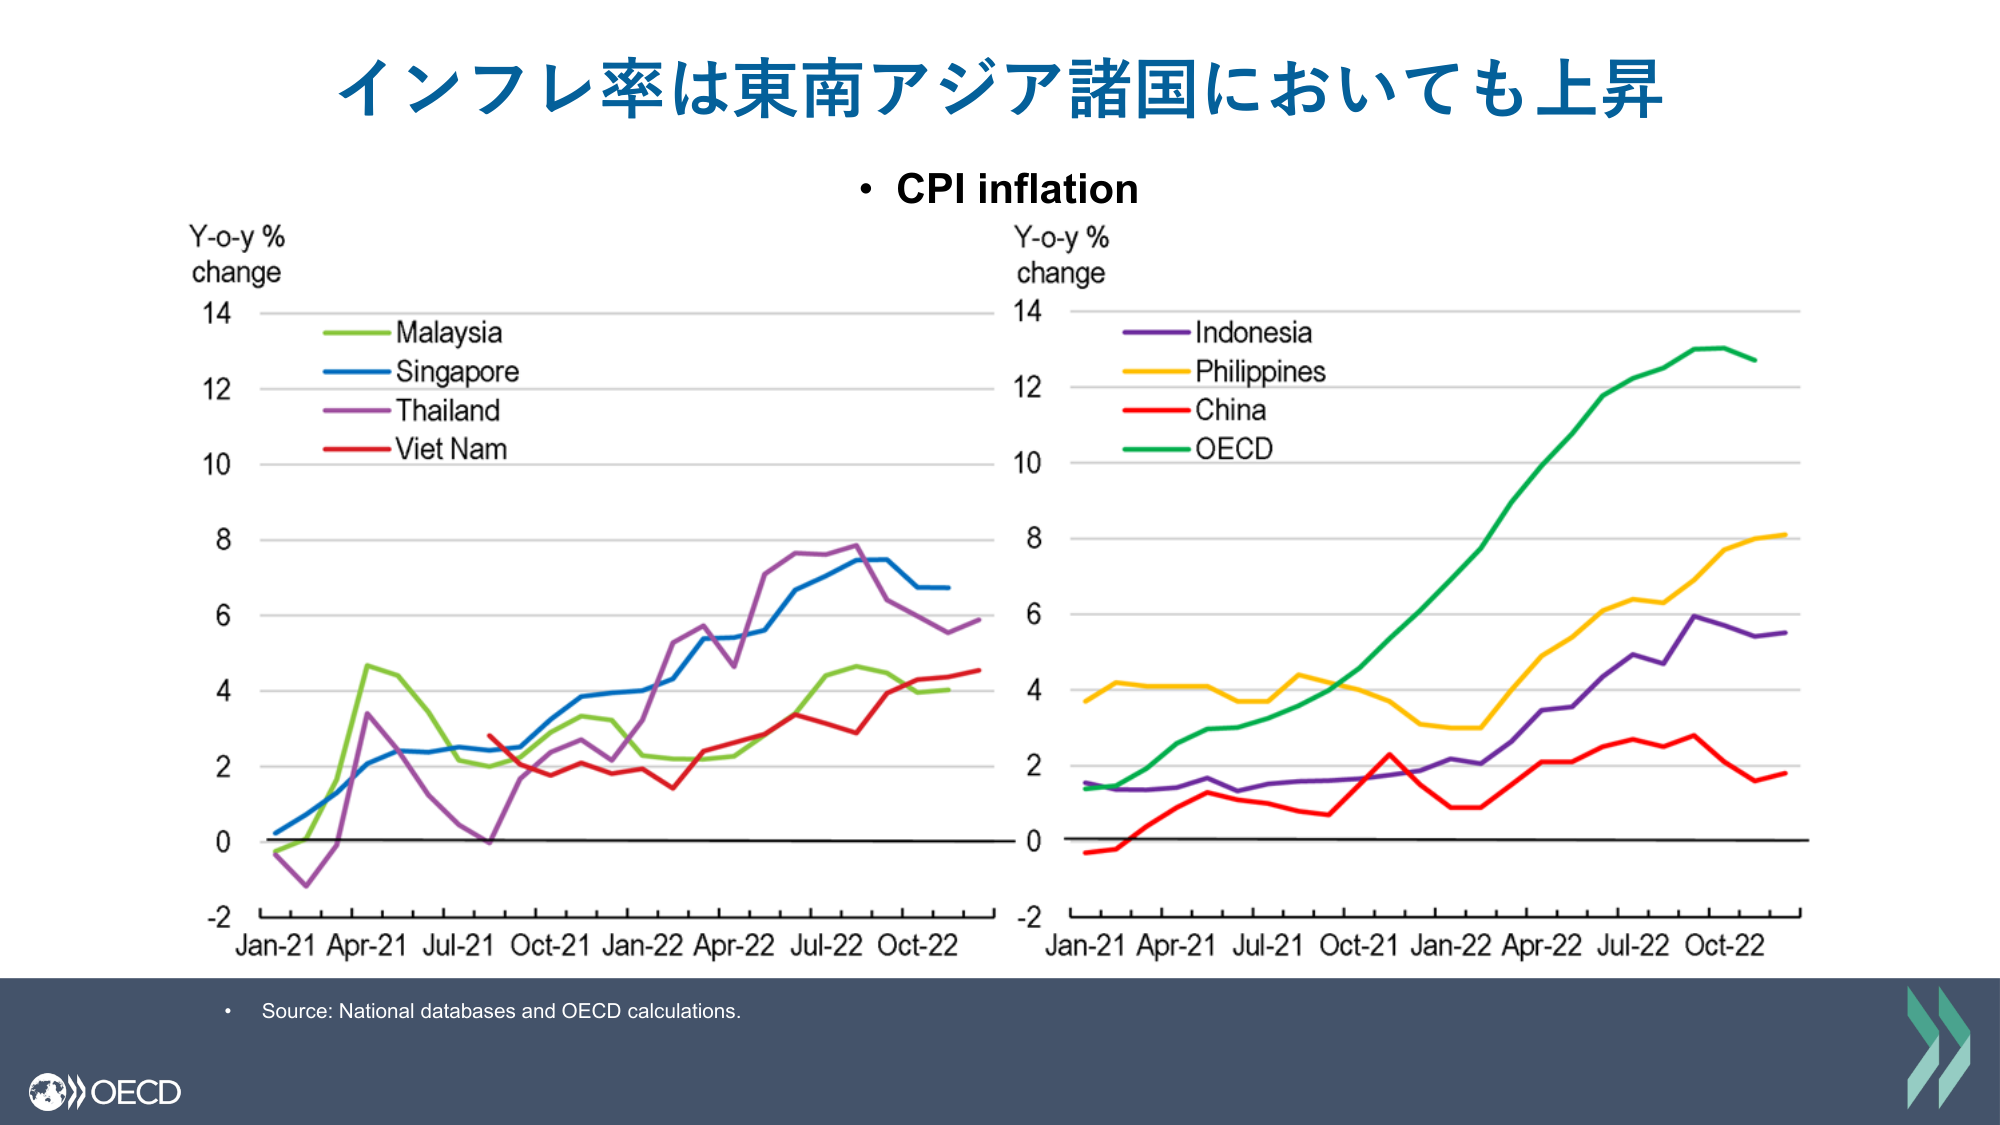
インフレ率は東南アジア諸国においても上昇
• CPI inflation
Y-o-y %
change
14
Malaysia
Singapore
Thailand
Viet Nam
12
10
8
6
4
2
0
-2
Jan-21 Apr-21 Jul-21 Oct-21 Jan-22 Apr-22 Jul-22 Oct-22
Y-o-y %
change
14
Indonesia
Philippines
China
OECD
12
10
8
6
4
2
0
-2
Jan-21 Apr-21 Jul-21 Oct-21 Jan-22 Apr-22 Jul-22 Oct-22
• Source: National databases and OECD calculations.
OECD